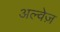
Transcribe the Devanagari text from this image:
अल्वेज़